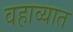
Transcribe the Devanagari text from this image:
वहाव्यात